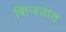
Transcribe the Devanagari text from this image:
शिजतात